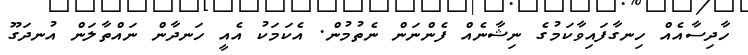
ހާދިސާއެއް ހިނގާފައިވާކަމުގެ ނިޝާނެއް ފެންނަން ނެތުމުން. އެކަމަކު އެއީ ހަނދާން ނައްތާލަން އުނދަގޫ